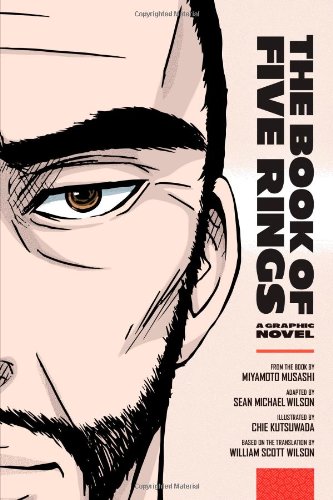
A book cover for The Book of Five Rings: A Graphic Novel; Sean Michael Wilson; Comics & Graphic Novels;